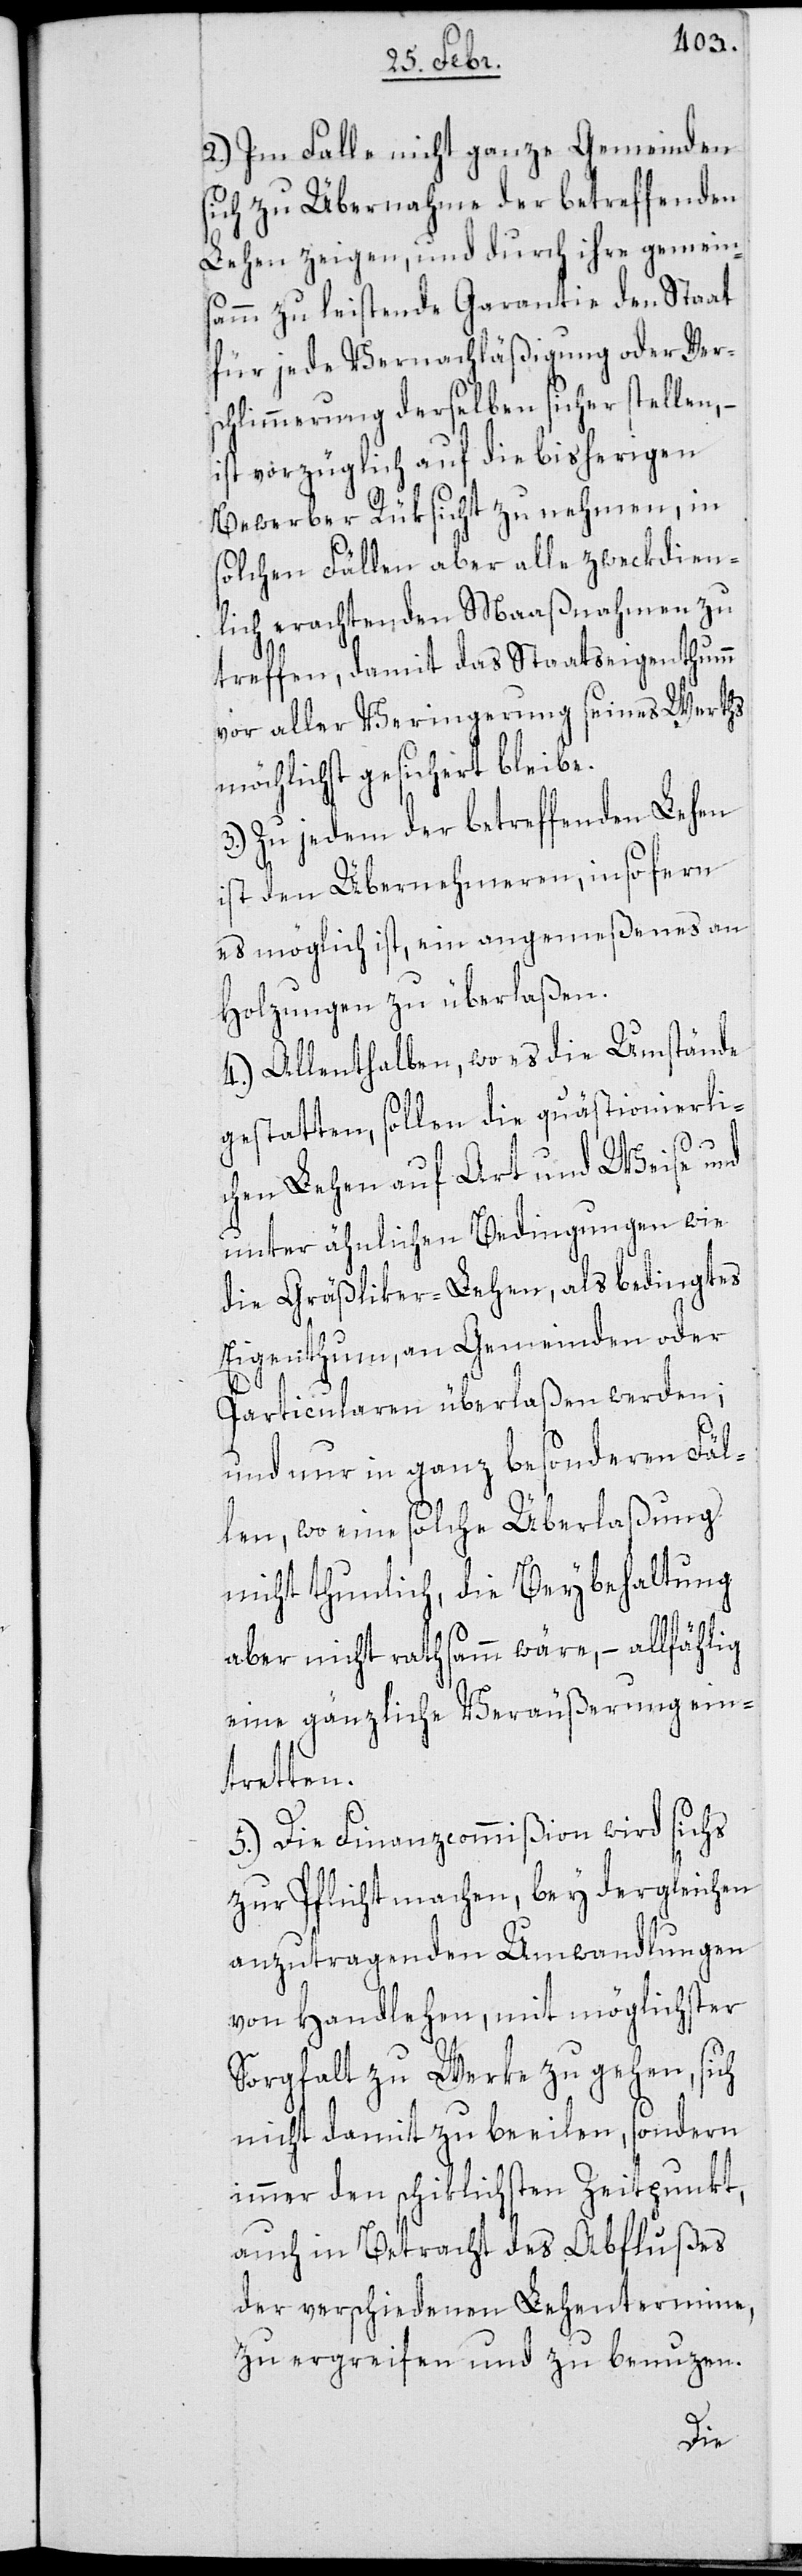
2.) Im Falle nicht ganze Gemeinden
sich zu Übernahme der betreffenden
Lehen zeigen, und durch ihre gemein¬
samm zu leistende Garantie den Staat
für jede Vernachläßigung oder Ver¬
schlimmerung derselben sicher stellen, –
ist vorzüglich auf die bisherigen
Bewerber Rüksicht zu nehmen, in
solchen Fällen aber alle zweckdien¬
lich erachtenden Maaßnahmen zu
treffen, damit das Staatseigenthum
vor aller Verringerung seines Werths
möglichst gesichert bleibe.
3.) Zu jedem der betreffenden Lehen
ist den Übernehmeren, insofern
es möglich ist, ein angemeßenes an
Holzungen zu überlaßen.
4.) Allenthalben, wo es die Umstände
gestatten, sollen die quästionierli¬
chen Lehen auf Art und Weise und
unter ähnlichen Bedingungen wie
die Gräsliker-Lehen, als bedingtes
Eigenthum, an Gemeinden oder
Particularen überlaßen werden;
und nur in ganz besonderen Fäl¬
len, wo eine solche Überlaßung
nicht thunlich, die Beybehaltung
aber nicht rathsamm wäre, – allfählig
eine gänzliche Veräußerung ein¬
tretten.
5.) Die Finanzcommißion wird sichs
zur Pflicht machen, bey dergleichen
anzutragenden Umwandlungen
von Handlehen, mit möglichster
Sorgfalt zu Werke zu gehen, sich
nicht damit zu beeilen, sondern
immer den schiklichsten Zeitpunkt,
auch in Betracht des Abflußes
der verschiedenen Lehentermine,
zu ergreifen und zu benuzen.